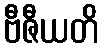
ဗီဇီယတိ